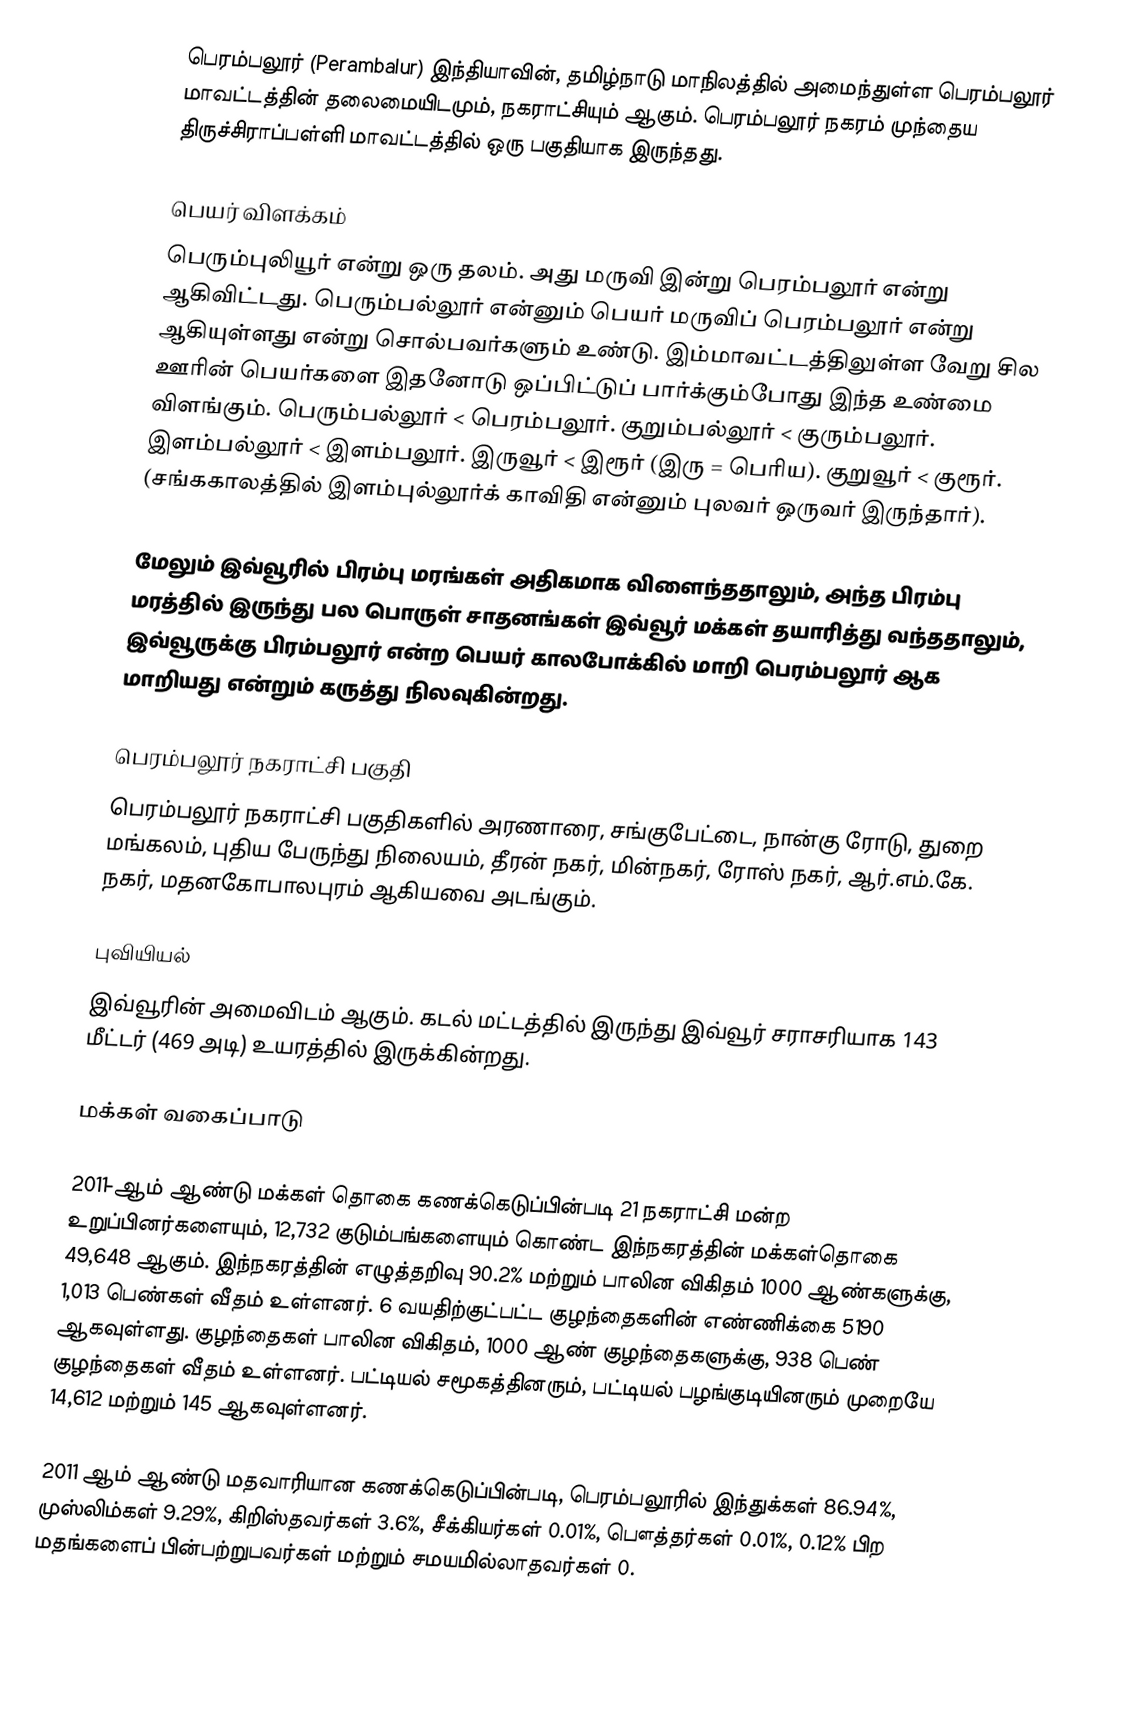
பெரம்பலூர் (Perambalur) இந்தியாவின், தமிழ்நாடு மாநிலத்தில் அமைந்துள்ள பெரம்பலூர் மாவட்டத்தின் தலைமையிடமும், நகராட்சியும் ஆகும். பெரம்பலூர் நகரம் முந்தைய திருச்சிராப்பள்ளி மாவட்டத்தில் ஒரு பகுதியாக இருந்தது.

பெயர் விளக்கம்
 பெரும்புலியூர் என்று ஒரு தலம். அது மருவி இன்று பெரம்பலூர் என்று ஆகிவிட்டது. பெரும்பல்லூர் என்னும் பெயர் மருவிப் பெரம்பலூர் என்று ஆகியுள்ளது என்று சொல்பவர்களும் உண்டு. இம்மாவட்டத்திலுள்ள வேறு சில ஊரின் பெயர்களை இதனோடு ஒப்பிட்டுப் பார்க்கும்போது இந்த உண்மை விளங்கும். பெரும்பல்லூர் < பெரம்பலூர். குறும்பல்லூர் < குரும்பலூர். இளம்பல்லூர் < இளம்பலூர். இருவூர் < இரூர் (இரு = பெரிய). குறுவூர் < குரூர். (சங்ககாலத்தில் இளம்புல்லூர்க் காவிதி என்னும் புலவர் ஒருவர் இருந்தார்).

 மேலும் இவ்வூரில் பிரம்பு மரங்கள் அதிகமாக விளைந்ததாலும், அந்த பிரம்பு மரத்தில் இருந்து பல பொருள் சாதனங்கள் இவ்வூர் மக்கள் தயாரித்து வந்ததாலும், இவ்வூருக்கு பிரம்பலூர் என்ற பெயர் காலபோக்கில் மாறி பெரம்பலூர் ஆக மாறியது என்றும் கருத்து நிலவுகின்றது.

பெரம்பலூர் நகராட்சி பகுதி
பெரம்பலூர் நகராட்சி பகுதிகளில் அரணாரை, சங்குபேட்டை, நான்கு ரோடு, துறை மங்கலம், புதிய பேருந்து நிலையம், தீரன் நகர், மின்நகர், ரோஸ் நகர், ஆர்.எம்.கே. நகர், மதனகோபாலபுரம் ஆகியவை அடங்கும்.

புவியியல்
இவ்வூரின் அமைவிடம்  ஆகும். கடல் மட்டத்தில் இருந்து இவ்வூர் சராசரியாக 143 மீட்டர் (469 அடி) உயரத்தில் இருக்கின்றது.

மக்கள் வகைப்பாடு

2011-ஆம் ஆண்டு மக்கள் தொகை கணக்கெடுப்பின்படி 21 நகராட்சி மன்ற உறுப்பினர்களையும், 12,732 குடும்பங்களையும் கொண்ட இந்நகரத்தின் மக்கள்தொகை 49,648  ஆகும். இந்நகரத்தின் எழுத்தறிவு 90.2%  மற்றும் பாலின விகிதம் 1000 ஆண்களுக்கு, 1,013 பெண்கள் வீதம் உள்ளனர். 6 வயதிற்குட்பட்ட குழந்தைகளின்  எண்ணிக்கை 5190 ஆகவுள்ளது. குழந்தைகள் பாலின விகிதம், 1000 ஆண் குழந்தைகளுக்கு,  938 பெண் குழந்தைகள் வீதம் உள்ளனர். பட்டியல் சமூகத்தினரும், பட்டியல் பழங்குடியினரும் முறையே 14,612 மற்றும் 145 ஆகவுள்ளனர்.

2011 ஆம் ஆண்டு மதவாரியான கணக்கெடுப்பின்படி, பெரம்பலூரில் இந்துக்கள் 86.94%, முஸ்லிம்கள் 9.29%, கிறிஸ்தவர்கள் 3.6%, சீக்கியர்கள் 0.01%, பௌத்தர்கள் 0.01%, 0.12% பிற மதங்களைப் பின்பற்றுபவர்கள் மற்றும் சமயமில்லாதவர்கள் 0.